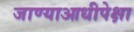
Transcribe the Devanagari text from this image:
जाण्याआधीपेक्षा